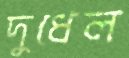
দুধেল